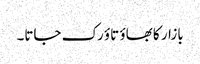
بازار کا بھاؤ تاؤ رک جاتا۔